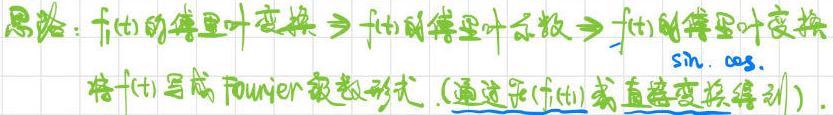
思路：$f(t)$的傅里叶变换$\Rightarrow f(t)$的傅里叶系数$\Rightarrow f(t)$的傅里叶变换
将$f(t)$写成Fourier级数形式.（通过求$f(t)$或直接变换得到）.  $\sin,\cos$.